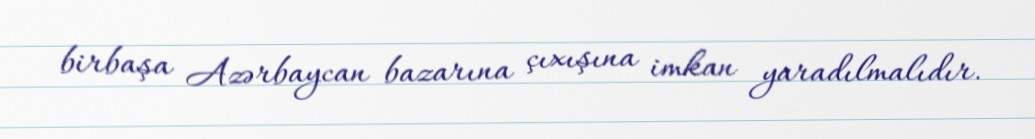
birbaşa Azərbaycan bazarına çıxışına imkan yaradılmalıdır.